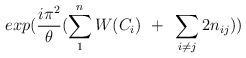
LaTeX: \begin{align*}exp({i\pi^2\over\theta}(\sum_1^n W(C_i)~+~ \sum_{i\neq j}2n_{ij}))\end{align*}